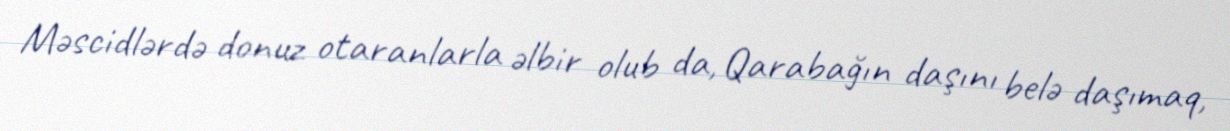
Məscidlərdə donuz otaranlarla əlbir olub da, Qarabağın daşını belə daşımaq,